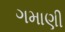
ગમાણી